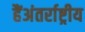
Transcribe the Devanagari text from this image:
हैंअंतर्राष्ट्रीय